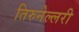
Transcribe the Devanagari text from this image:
तिरुनेल्लरी